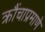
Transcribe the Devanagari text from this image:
क्रौंचाप्रमाणे